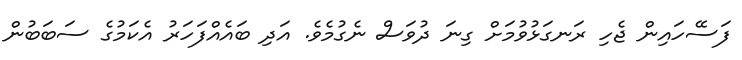
ފަސޭހައިން ޖެހި ރަނގަޅުވުމަށް ގިނަ ދުވަސް ނެގުމެވެ. އަދި ބައެއްފަހަރު އެކަމުގެ ސަބަބުން